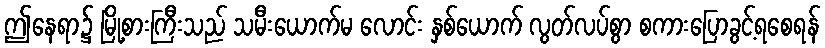
ဤနေရာ၌ မြို့စားကြီးသည် သမီးယောက်မ လောင်း နှစ်ယောက် လွတ်လပ်စွာ စကားပြောခွင့်ရစေရန်